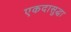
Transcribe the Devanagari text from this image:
एकदासुद्धा